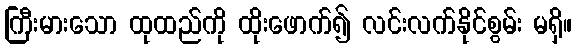
ကြီးမားသော ထုထည်ကို ထိုးဖောက်၍ လင်းလက်နိုင်စွမ်း မရှိ။